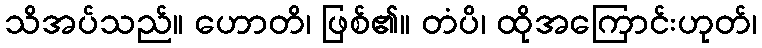
သိအပ်သည်။ ဟောတိ၊ ဖြစ်၏။ တံပိ၊ ထိုအကြောင်းဟုတ်၊